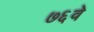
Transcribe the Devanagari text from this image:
७६वे